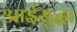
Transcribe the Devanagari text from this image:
आईसुद्धा